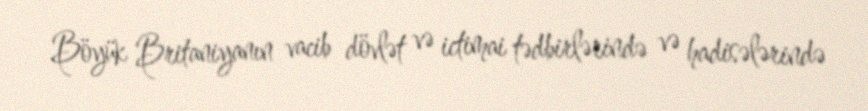
Böyük Britaniyanın vacib dövlət və ictimai tədbirlərində və hadisələrində